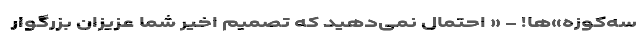
سه‌کوزه‌»‌ها! - « احتمال نمی‌دهید که تصمیم اخیر شما عزیزان بزرگوار